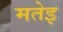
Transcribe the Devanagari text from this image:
मतेइ